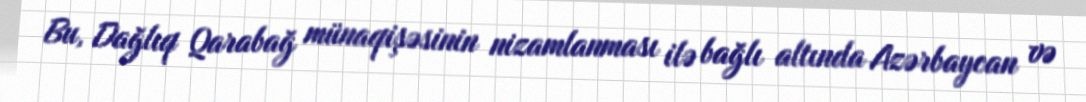
Bu, Dağlıq Qarabağ münaqişəsinin nizamlanması ilə bağlı altında Azərbaycan və